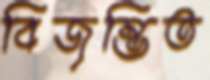
বিজৃম্ভিত